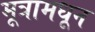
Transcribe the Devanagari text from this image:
मूत्रामधून